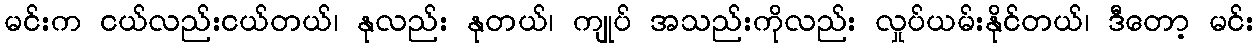
မင်းက ငယ်လည်းငယ်တယ်၊ နုလည်း နုတယ်၊ ကျုပ် အသည်းကိုလည်း လှုပ်ယမ်းနိုင်တယ်၊ ဒီတော့ မင်း